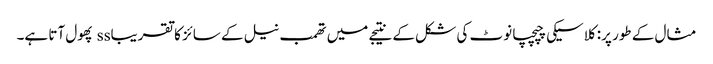
مثال کے طور پر: کلاسیکی چپچپا نوٹ کی شکل کے نتیجے میں تھمب نیل کے سائز کا تقریباss پھول آتا ہے۔